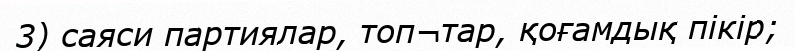
3) саяси партиялар, топ¬тар, қоғамдық пікір;